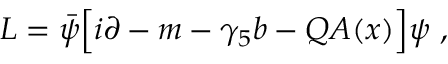
{ \cal L } = \bar { \psi } \Big [ i \sl { \partial } - m - \gamma _ { 5 } \sl { b } - Q \, \sl { \! A ( x ) } \Big ] \psi \ ,